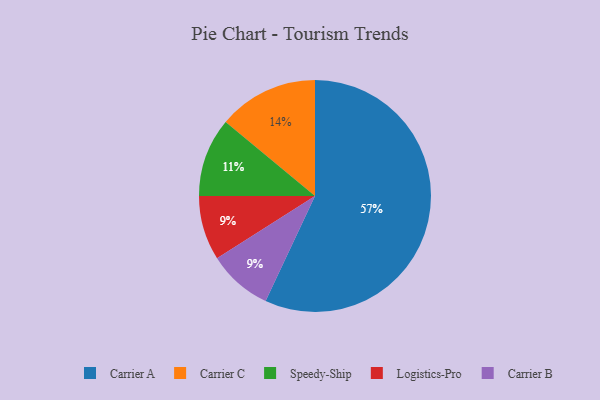
{"axis": {"x": "Category", "y": "Percentage"}, "legend": ["Carrier A", "Carrier B", "Carrier C", "Logistics-Pro", "Speedy-Ship"], "data": [{"x": "Carrier A", "y": 57, "type": "Carrier A"}, {"x": "Logistics-Pro", "y": 9, "type": "Logistics-Pro"}, {"x": "Speedy-Ship", "y": 11, "type": "Speedy-Ship"}, {"x": "Carrier B", "y": 9, "type": "Carrier B"}, {"x": "Carrier C", "y": 14, "type": "Carrier C"}]}